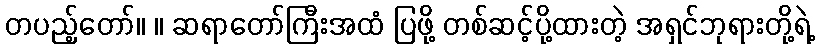
တပည့်တော်။ ။ ဆရာတော်ကြီးအထံ ပြဖို့ တစ်ဆင့်ပို့ထားတဲ့ အရှင်ဘုရားတို့ရဲ့